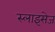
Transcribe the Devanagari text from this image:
स्लाइसेज